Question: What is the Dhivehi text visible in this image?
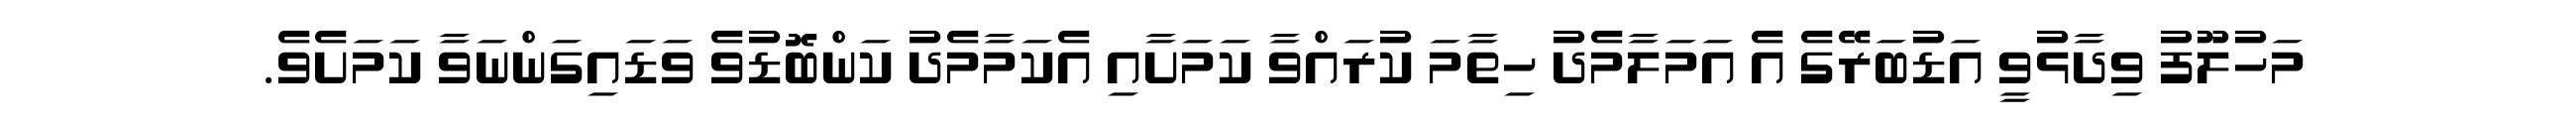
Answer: މަހުލޫފު ވިދާޅުވީ އަޑުބަރޭގެ އެ އަމަލާމެދު ހިތާމަ ކުރައްވާ ކަމަށާއި އެކަމާމެދު ކަންބޮޑުވެ ވަޑައިގަންނަވާ ކަމަށެވެ.